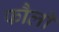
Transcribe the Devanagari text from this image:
फौली